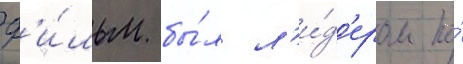
Ф'и́льм бы́л л'и́д'ером по́